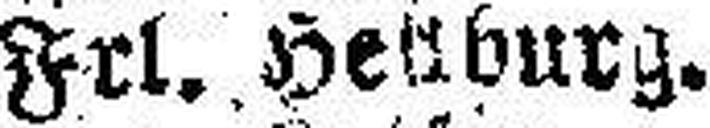
Frl. He###burg.